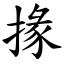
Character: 掾